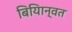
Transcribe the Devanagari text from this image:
बियािन्वत